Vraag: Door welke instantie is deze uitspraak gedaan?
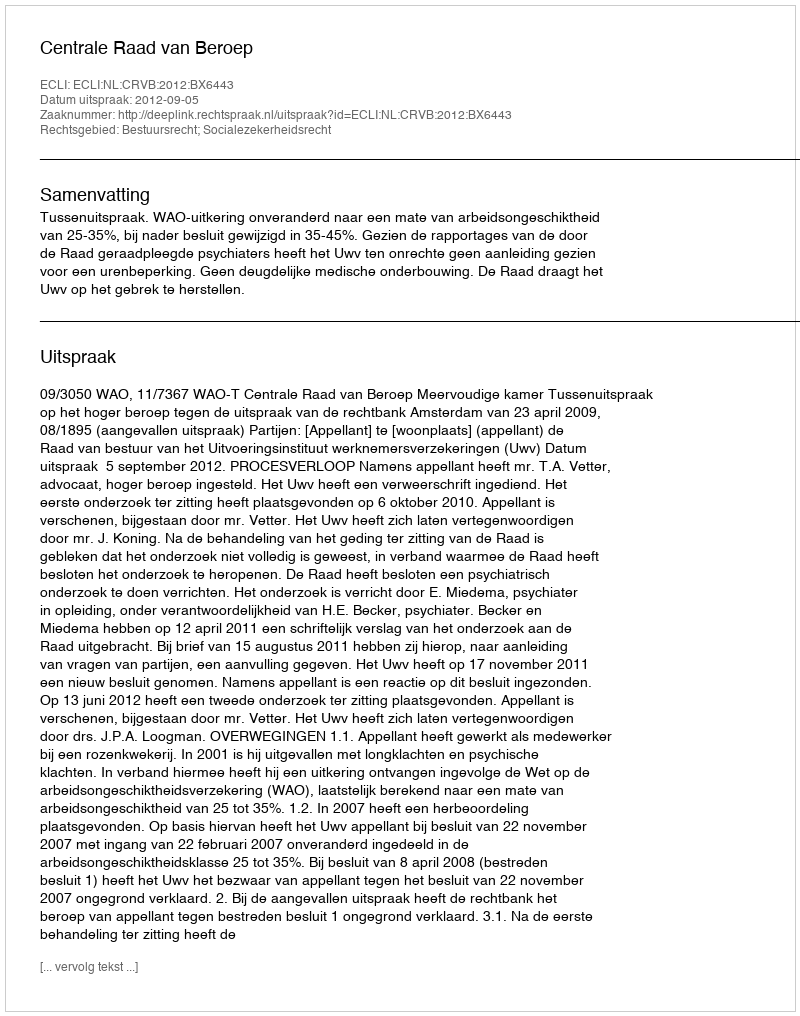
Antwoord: Centrale Raad van Beroep